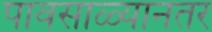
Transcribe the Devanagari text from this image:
पावसाळ्यानतर